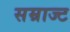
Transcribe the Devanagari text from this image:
सम्राज्ट